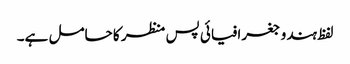
لفظ ہندو جغرافیائی پس منظر کا حامل ہے۔